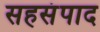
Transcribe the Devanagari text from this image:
सहसंपाद